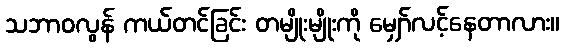
သဘာဝလွန် ကယ်တင်ခြင်း တမျိုးမျိုးကို မျှော်လင့်နေတာလား။